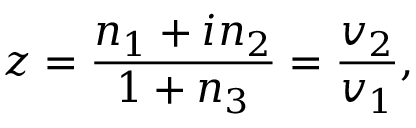
z = \frac { n _ { 1 } + i n _ { 2 } } { 1 + n _ { 3 } } = \frac { v _ { 2 } } { v _ { 1 } } ,